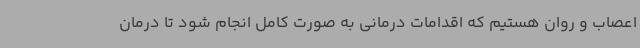
اعصاب و روان هستیم که اقدامات درمانی به صورت کامل انجام شود تا درمان